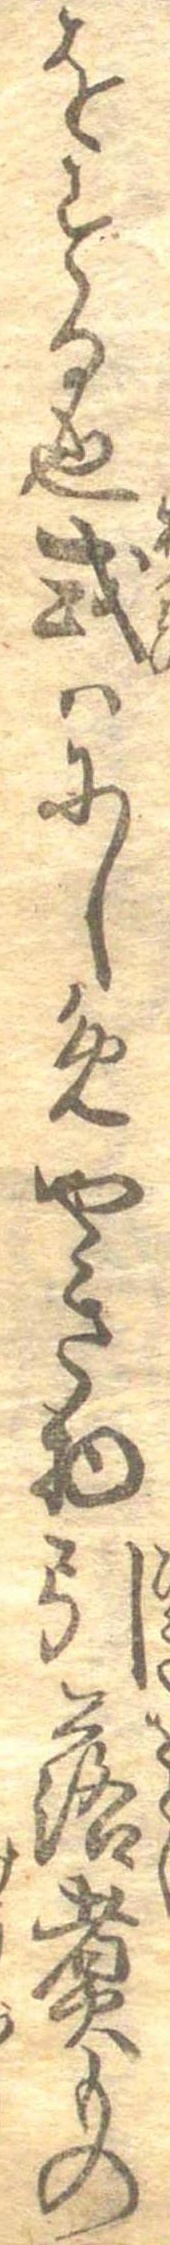
をする也或はにしめやき物引落煮もの